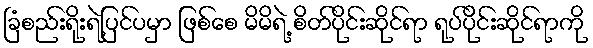
ခြံစည်းရိုးရဲ့ပြင်ပမှာ ဖြစ်စေ မိမိရဲ့ စိတ်ပိုင်းဆိုင်ရာ ရုပ်ပိုင်းဆိုင်ရာကို